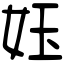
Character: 𡛼